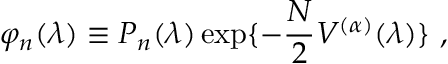
\varphi _ { n } ( \lambda ) \equiv P _ { n } ( \lambda ) \exp \{ - \frac { N } { 2 } V ^ { ( \alpha ) } ( \lambda ) \} \ ,